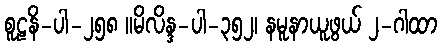
စူဠနိ-ပါ-၂၅၈ ။မိလိန္ဒ-ပါ-၃၅၂၊ နမူနာယူဖွယ် ၂-ဂါထာ